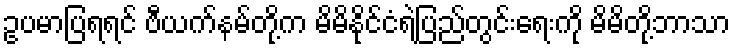
ဥပမာပြရရင် ဗီယက်နမ်တို့က မိမိနိုင်ငံရဲ့ပြည်တွင်းရေးကို မိမိတို့ဘာသာ